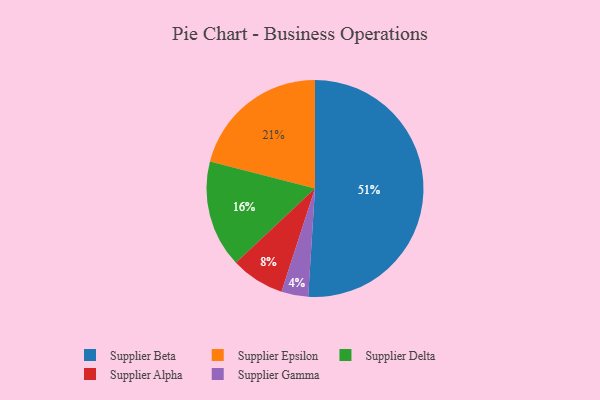
{"axis": {"x": "Category", "y": "Percentage"}, "legend": ["Supplier Alpha", "Supplier Beta", "Supplier Delta", "Supplier Epsilon", "Supplier Gamma"], "data": [{"x": "Supplier Epsilon", "y": 21, "type": "Supplier Epsilon"}, {"x": "Supplier Beta", "y": 51, "type": "Supplier Beta"}, {"x": "Supplier Delta", "y": 16, "type": "Supplier Delta"}, {"x": "Supplier Alpha", "y": 8, "type": "Supplier Alpha"}, {"x": "Supplier Gamma", "y": 4, "type": "Supplier Gamma"}]}